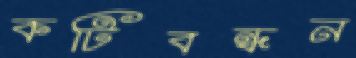
কটিবন্ধন